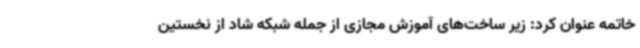
خاتمه عنوان کرد: زیر ساخت‌های آموزش مجازی از جمله شبکه شاد از نخستین